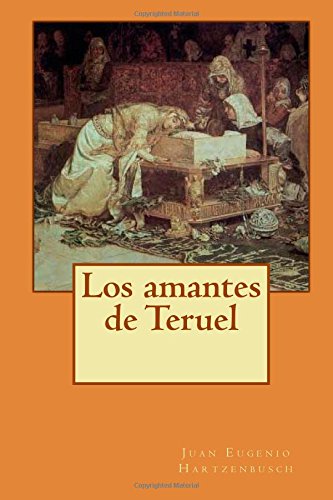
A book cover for Los amantes de Teruel (Spanish Edition); Juan Eugenio Hartzenbusch; Literature & Fiction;